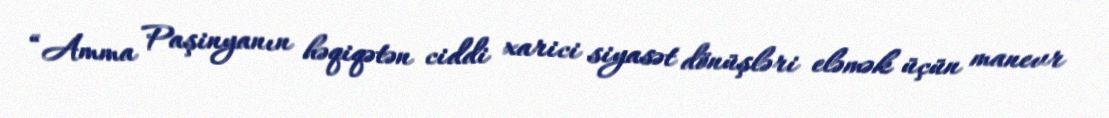
“Amma Paşinyanın həqiqətən ciddi xarici siyasət dönüşləri eləmək üçün manevr